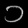
Digit: ၁